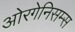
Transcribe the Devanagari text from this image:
ओरगेनिसम्स